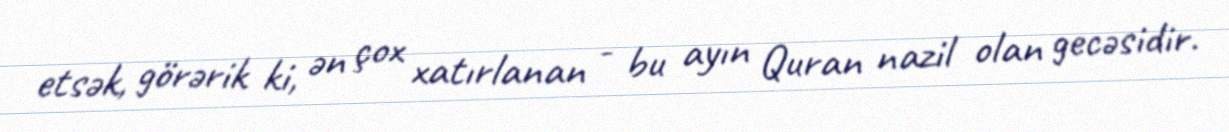
etsək, görərik ki, ən çox xatırlanan - bu ayın Quran nazil olan gecəsidir.